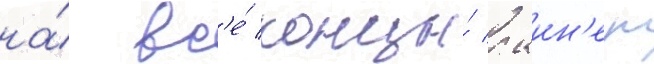
на́ вс'е́ концы́ лаин'ер